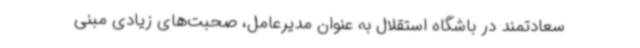
سعادتمند در باشگاه استقلال به عنوان مدیرعامل، صحبت‌های زیادی مبنی